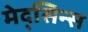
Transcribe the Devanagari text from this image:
मेद्सिन्स